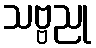
သဗ္ဗညု